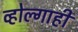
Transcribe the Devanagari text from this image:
व्होल्गाही